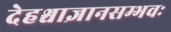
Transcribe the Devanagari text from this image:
देहश्चाज्ञानसम्भवः